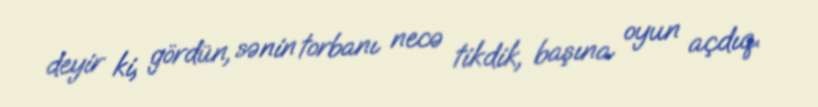
deyir ki, gördün, sənin torbanı necə tikdik, başına oyun açdıq.